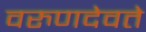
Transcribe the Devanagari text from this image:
वरुणदेवते